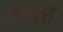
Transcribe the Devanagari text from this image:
गरागरा